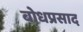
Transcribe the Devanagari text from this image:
बोधप्रसाद